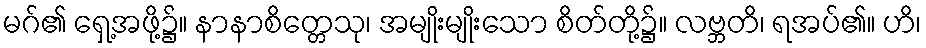
မဂ်၏ ရှေ့အဖို့၌။ နာနာစိတ္တေသု၊ အမျိုးမျိုးသော စိတ်တို့၌။ လဗ္ဘတိ၊ ရအပ်၏။ ဟိ၊